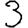
Digit: 3